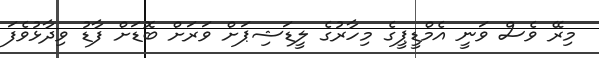
މިރޭ ވެސް ވަނީ އެމްޑީޕީގެ މިހާރުގެ ލީޑަޝިޕަށް ވަރަށް ބޮޑަށް ފާޑު ވިދާޅުވެފަ